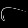
Digit: ၆